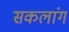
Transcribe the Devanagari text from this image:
सकलांग